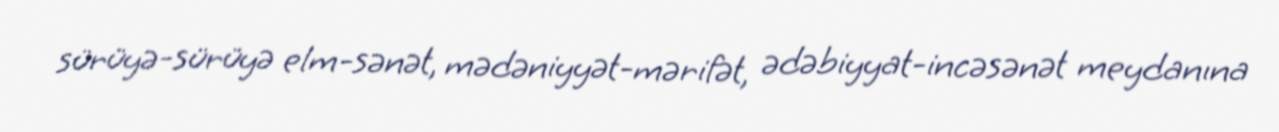
sürüyə-sürüyə elm-sənət, mədəniyyət-mərifət, ədəbiyyat-incəsənət meydanına